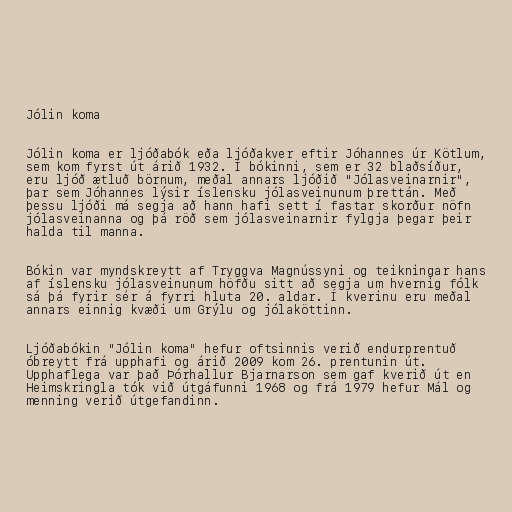
Jólin koma

Jólin koma er ljóðabók eða ljóðakver eftir Jóhannes úr Kötlum,
sem kom fyrst út árið 1932. Í bókinni, sem er 32 blaðsíður,
eru ljóð ætluð börnum, meðal annars ljóðið "Jólasveinarnir",
þar sem Jóhannes lýsir íslensku jólasveinunum þrettán. Með
þessu ljóði má segja að hann hafi sett í fastar skorður nöfn
jólasveinanna og þá röð sem jólasveinarnir fylgja þegar þeir
halda til manna.

Bókin var myndskreytt af Tryggva Magnússyni og teikningar hans
af íslensku jólasveinunum höfðu sitt að segja um hvernig fólk
sá þá fyrir sér á fyrri hluta 20. aldar. Í kverinu eru meðal
annars einnig kvæði um Grýlu og jólaköttinn.

Ljóðabókin "Jólin koma" hefur oftsinnis verið endurprentuð
óbreytt frá upphafi og árið 2009 kom 26. prentunin út.
Upphaflega var það Þórhallur Bjarnarson sem gaf kverið út en
Heimskringla tók við útgáfunni 1968 og frá 1979 hefur Mál og
menning verið útgefandinn.